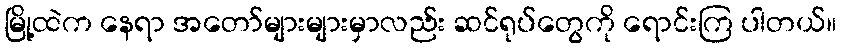
မြို့ထဲက နေရာ အတော်များများမှာလည်း ဆင်ရုပ်တွေကို ရောင်းကြ ပါတယ်။